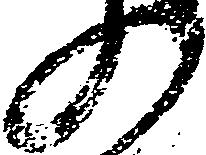
の